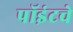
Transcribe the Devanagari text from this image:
पॉइंटचे